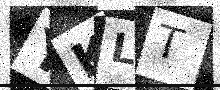
Text: YKLT